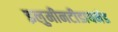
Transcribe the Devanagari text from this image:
इलुमीनटीडायमंड